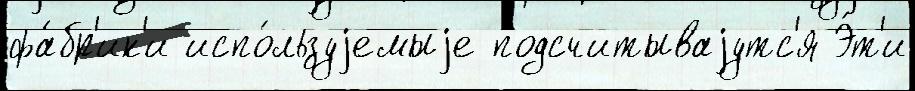
фа́бр'ик'и испо́льзуjемыjе подсчитываjутс'я Э́т'и